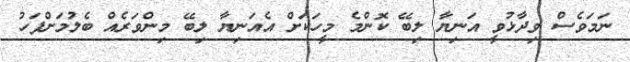
ނަމަވެސް ވިދާޅުވީ އަނިޔާ ލިބޭ ކޮންމެ މީހަކަށް އެއަނިޔާ ލިބޭ މިންވަރެއް ބެލުމަށްފަހު